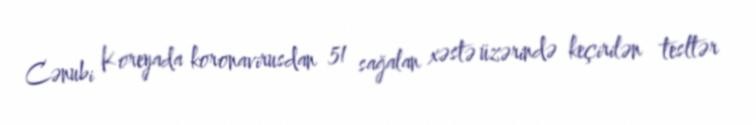
Cənubi Koreyada koronavirusdan 51 sağalan xəstə üzərində keçirilən tesltər